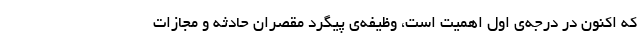
که اکنون در درجه‌ی اول اهمیت است، وظیفه‌ی پیگرد مقصران حادثه و مجازات